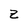
Character: z